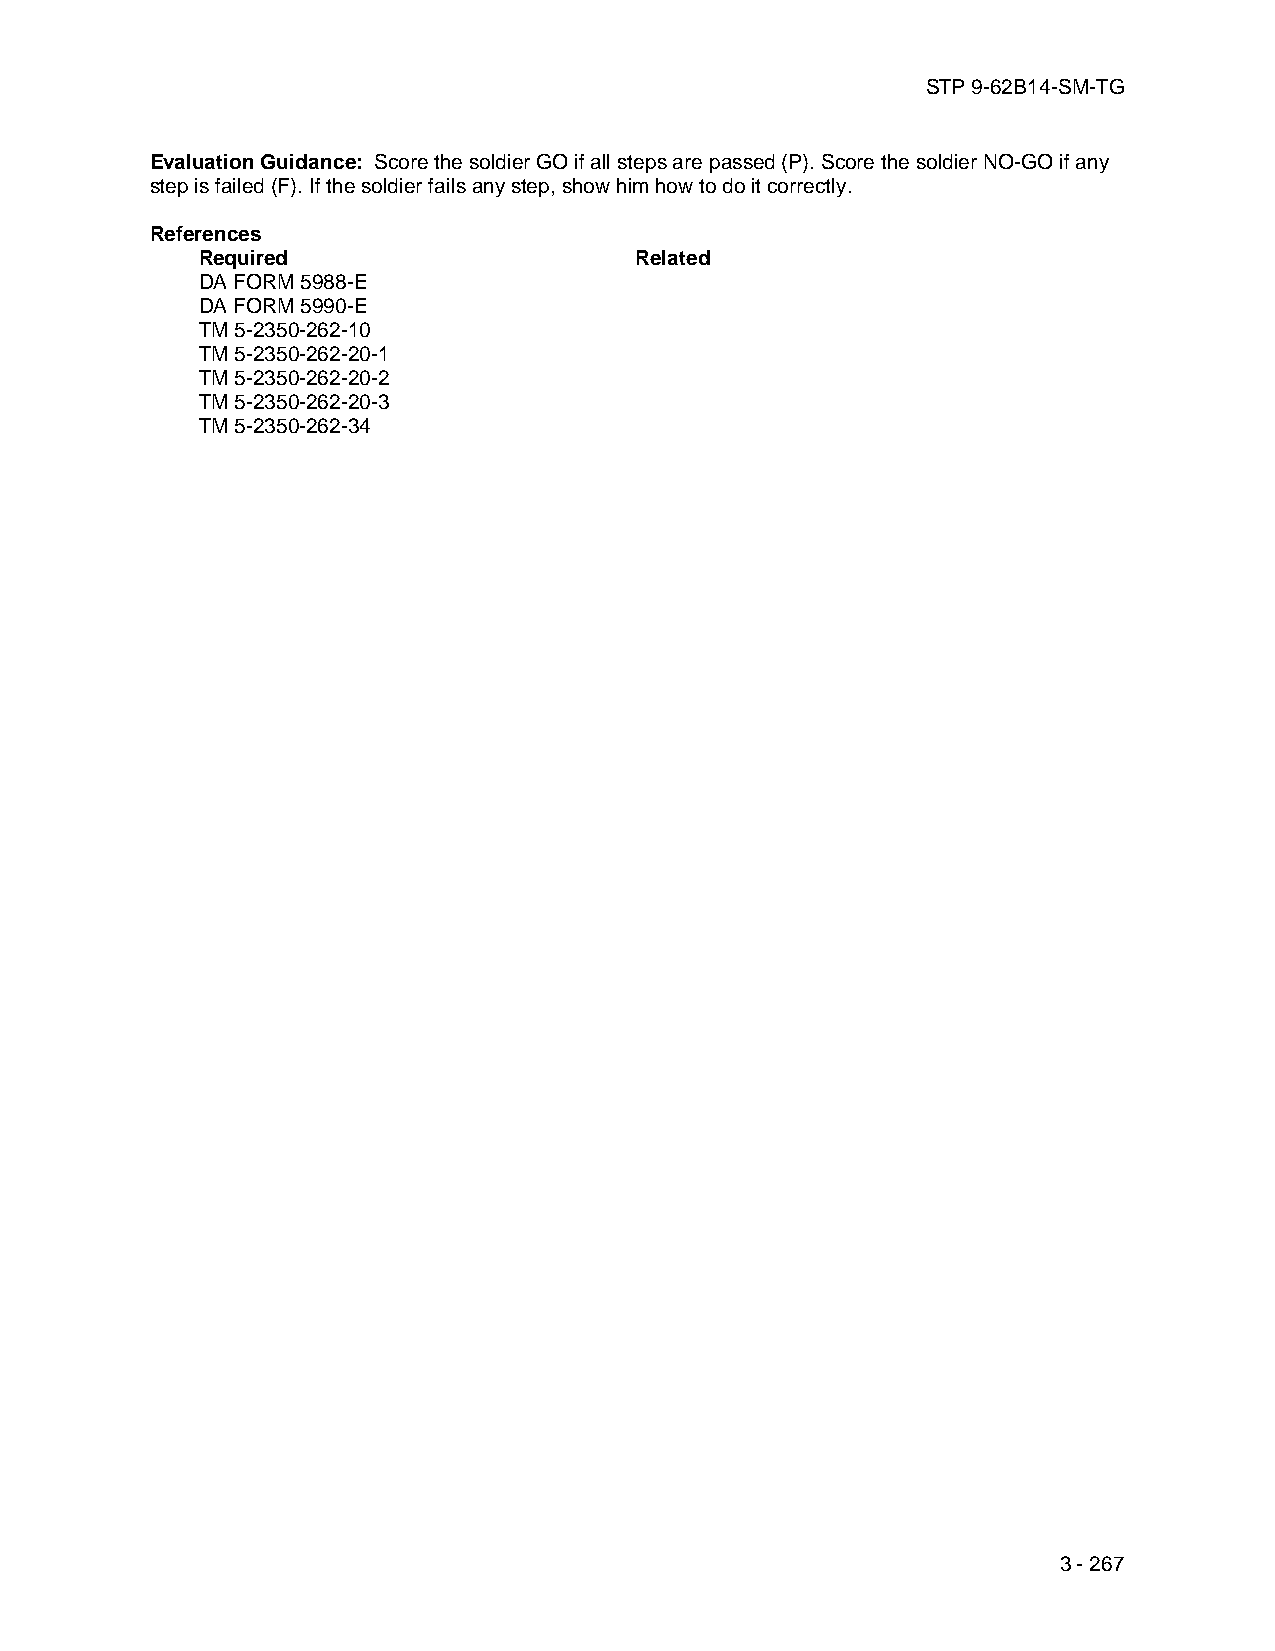
STP 9-62B14-SM-TG
 Evaluation Guidance: Score the soldier GO if all steps are passed (P). Score the soldier NO-GO if any
 step is failed (F). If the soldier fails any step, show him how to do it correctly.
 References
 Required                     Related
 DA FORM 5988-E
 DA FORM 5990-E
 TM 5-2350-262-10
 TM 5-2350-262-20-1
 TM 5-2350-262-20-2
 TM 5-2350-262-20-3
 TM 5-2350-262-34
 3 - 267